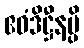
ဧဝံဒိဋ္ဌီနမ္ပိ